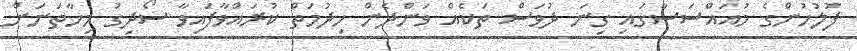
ފުލުހުންގެ މުއައްސަސާގައި ގިނަ ދުވަސް ތަކެއް ވަންދެން ހިދުމަތް ކުރައްވާފައިވާ ސޯދިގު މިހާތަނަށް